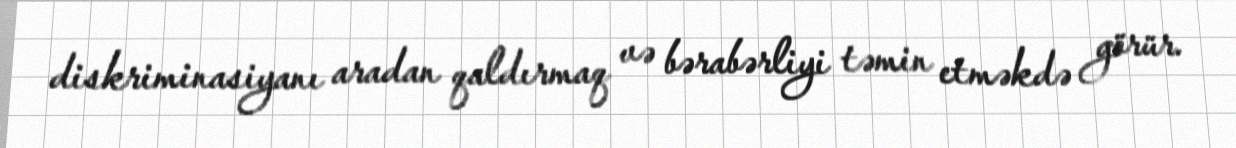
diskriminasiyanı aradan qaldırmaq və bərabərliyi təmin etməkdə görür.